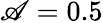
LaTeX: \mathscr{A}=0.5